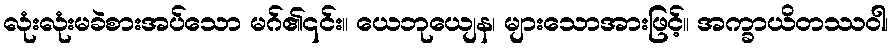
လုံးလုံးမခဲစားအပ်သော မဂ်၏၎င်း။ ယေဘုယျေန၊ များသောအားဖြင့်။ အက္ခာယိတဿဝါ၊